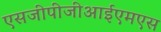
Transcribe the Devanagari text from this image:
एसजीपीजीआईएमएस